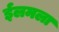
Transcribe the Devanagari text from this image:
ईलमला